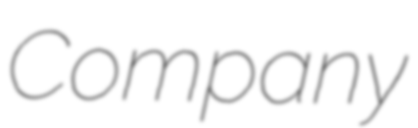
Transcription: Company